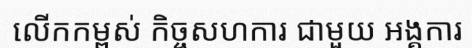
លើកកម្ពស់ កិច្ចសហការ ជាមួយ អង្គការ